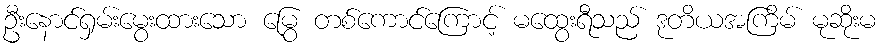
ဦးနောင်ရှမ်းမွေးထားသော မြွေ တစ်ကောင်ကြောင့် မထွေးရီသည် ဒုတိယအကြိမ် မုဆိုးမ